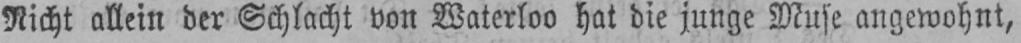
Nicht allein der Schlacht von Waterloo hat die junge Muse angewohnt,